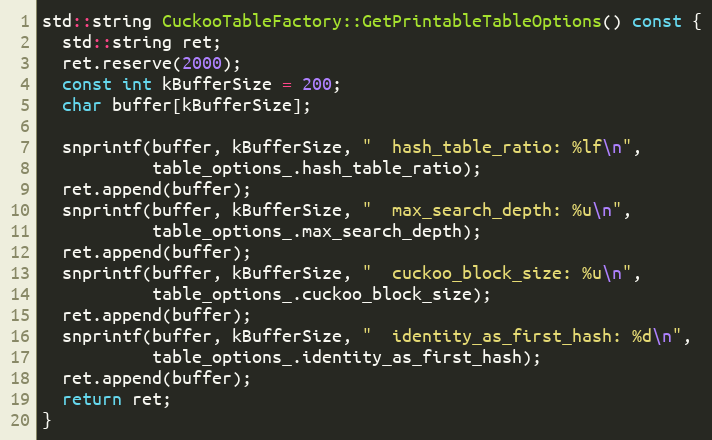
Language: C++
std::string CuckooTableFactory::GetPrintableTableOptions() const {
  std::string ret;
  ret.reserve(2000);
  const int kBufferSize = 200;
  char buffer[kBufferSize];

  snprintf(buffer, kBufferSize, "  hash_table_ratio: %lf\n",
           table_options_.hash_table_ratio);
  ret.append(buffer);
  snprintf(buffer, kBufferSize, "  max_search_depth: %u\n",
           table_options_.max_search_depth);
  ret.append(buffer);
  snprintf(buffer, kBufferSize, "  cuckoo_block_size: %u\n",
           table_options_.cuckoo_block_size);
  ret.append(buffer);
  snprintf(buffer, kBufferSize, "  identity_as_first_hash: %d\n",
           table_options_.identity_as_first_hash);
  ret.append(buffer);
  return ret;
}